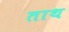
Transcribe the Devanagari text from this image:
ताथ